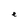
Character: e